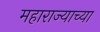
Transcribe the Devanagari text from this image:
महाराज्याच्या